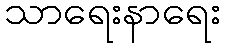
သာရေးနာရေး